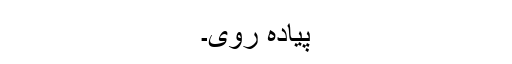
پیادہ روی۔